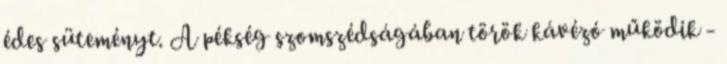
édes süteményt. A pékség szomszédságában török kávézó működik -